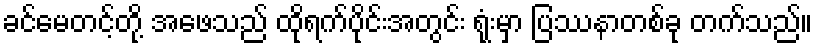
ခင်မေတင့်တို့ အဖေသည် ထိုရက်ပိုင်းအတွင်း ရုံးမှာ ပြဿနာတစ်ခု တက်သည်။